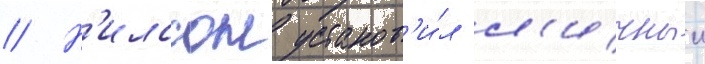
// Н'илссон установ'и́л л'ичныи